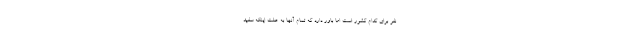
نفر برای کدام کشور است اما باور دارد که تمام آنها به علت اینکه سفید